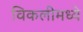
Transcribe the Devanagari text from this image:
विकलीमध्ये